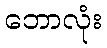
ဘောလုံး